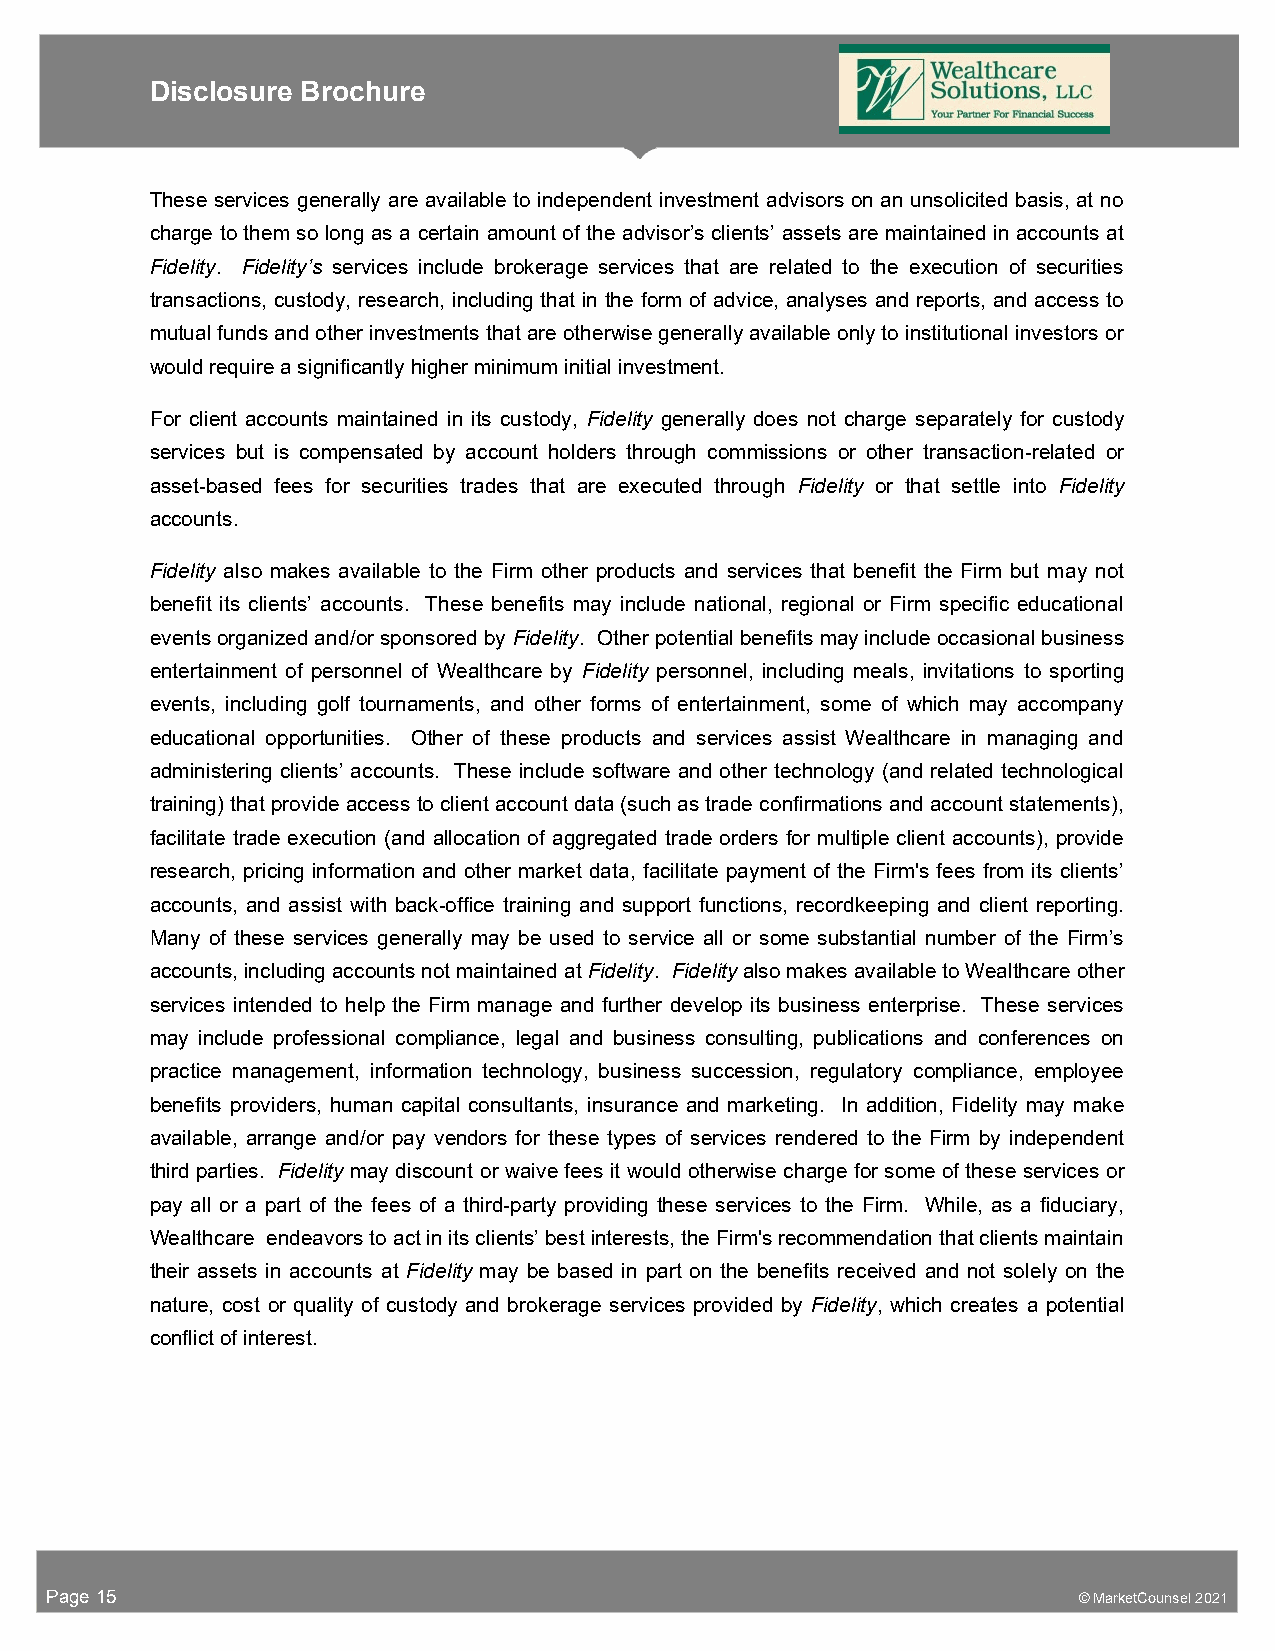
Disclosure Brochure
 These services generally are available to independent investment advisors on an unsolicited basis, at no
 charge to them so long as a certain amount of the advisor’s clients’ assets are maintained in accounts at
 Fidelity. Fidelity’s services include brokerage services that are related to the execution of securities
 transactions, custody, research, including that in the form of advice, analyses and reports, and access to
 mutual funds and other investments that are otherwise generally available only to institutional investors or
 would require a significantly higher minimum initial investment.
 For client accounts maintained in its custody, Fidelity generally does not charge separately for custody
 services but is compensated by account holders through commissions or other transaction-related or
 asset-based fees for securities trades that are executed through Fidelity or that settle into Fidelity
 accounts.
 Fidelity also makes available to the Firm other products and services that benefit the Firm but may not
 benefit its clients’ accounts. These benefits may include national, regional or Firm specific educational
 events organized and/or sponsored by Fidelity. Other potential benefits may include occasional business
 entertainment of personnel of Wealthcare by Fidelity personnel, including meals, invitations to sporting
 events, including golf tournaments, and other forms of entertainment, some of which may accompany
 educational opportunities. Other of these products and services assist Wealthcare in managing and
 administering clients’ accounts. These include software and other technology (and related technological
 training) that provide access to client account data (such as trade confirmations and account statements),
 facilitate trade execution (and allocation of aggregated trade orders for multiple client accounts), provide
 research, pricing information and other market data, facilitate payment of the Firm's fees from its clients’
 accounts, and assist with back-office training and support functions, recordkeeping and client reporting.
 Many of these services generally may be used to service all or some substantial number of the Firm’s
 accounts, including accounts not maintained at Fidelity. Fidelity also makes available to Wealthcare other
 services intended to help the Firm manage and further develop its business enterprise. These services
 may include professional compliance, legal and business consulting, publications and conferences on
 practice management, information technology, business succession, regulatory compliance, employee
 benefits providers, human capital consultants, insurance and marketing. In addition, Fidelity may make
 available, arrange and/or pay vendors for these types of services rendered to the Firm by independent
 third parties. Fidelity may discount or waive fees it would otherwise charge for some of these services or
 pay all or a part of the fees of a third-party providing these services to the Firm. While, as a fiduciary,
 Wealthcare endeavors to act in its clients’ best interests, the Firm's recommendation that clients maintain
 their assets in accounts at Fidelity may be based in part on the benefits received and not solely on the
 nature, cost or quality of custody and brokerage services provided by Fidelity, which creates a potential
 conflict of interest.
 Page 15                                                             © MarketCounsel 2021